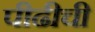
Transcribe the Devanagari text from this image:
पीढीची